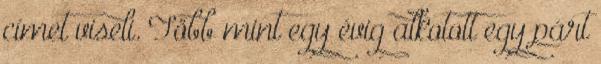
címet viseli. Több mint egy évig alkotott egy párt